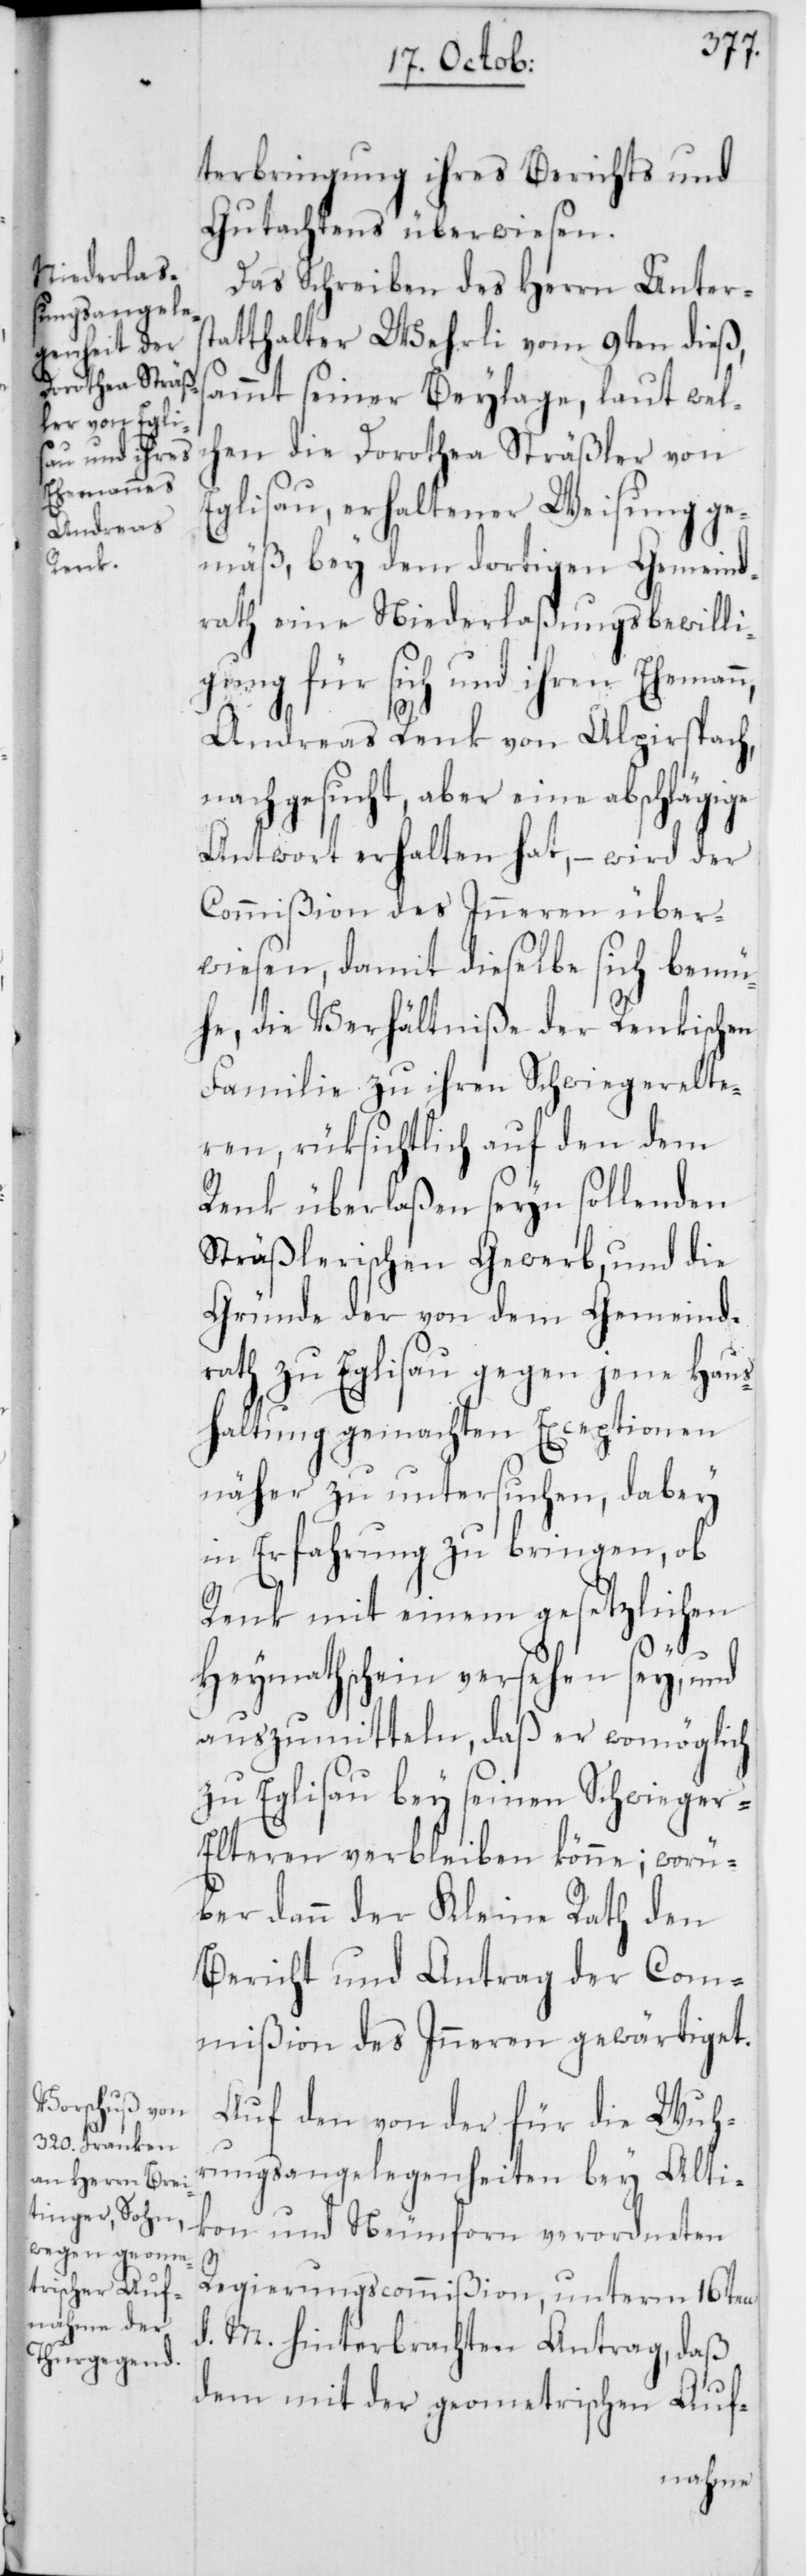
terbringung ihres Berichts und
Gutachtens überwiesen.
Das Schreiben des Herrn Unters¬
tatthalter Wehrli vom 9ten dieß,
sammt seiner Beylage, laut wel¬
chen die Dorothea Sträßler von
Eglisau, erhaltener Weisung ge¬
mäß, bey dem dortigen Gemeind¬
rath eine Niederlaßungsbewilli¬
gung für sich und ihren Ehemann,
Andreas Renk von Alpirspach,
nachgesucht, aber eine abschlägige
Antwort erhalten hat, – wird der
Commißion des Inneren über¬
wiesen, damit dieselbe sich bemü¬
he, die Verhältniße der Renkischen
Familie zu ihren Schwiegerelte¬
ren, rüksichtlich auf den dem
Renk überlaßen seyn sollenden
Sträßlerischen Gewerb, und die
Gründe der von dem Gemeind¬
rath zu Eglisau gegen jene Haus¬
haltung gemachten Exceptionen
näher zu untersuchen, dabey
in Erfahrung zu bringen, ob
Renk mit einem gesetzlichen
Heymathschein versehen sey, und
auszumitteln, daß er womöglich
zu Eglisau bey seinen Schwieger-E¬
lteren verbleiben könne; worü¬
ber dann der Kleine Rath den
Bericht und Antrag der Com¬
mißion des Inneren gewärtiget.
Auf den von der für die Wuhr¬
ungsangelegenheiten bey Alti¬
kon und Neunforn verordneten
Regierungscommißion, unterm 16ten
d. M. hinterbrachten Antrag, daß
dem mit der geometrischen Auf-